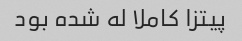
پیتزا کاملا له شده بود